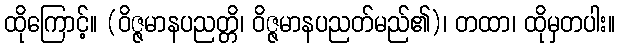
ထိုကြောင့်။ (ဝိဇ္ဇမာနပညတ္တိ၊ ဝိဇ္ဇမာနပညတ်မည်၏)၊ တထာ၊ ထိုမှတပါး။